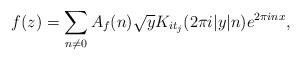
LaTeX: \begin{align*} f(z) = \sum_{n \neq 0} A_f(n) \sqrt{y} K_{it_j}(2\pi i \lvert y \rvert n) e^{2\pi i n x}, \end{align*}